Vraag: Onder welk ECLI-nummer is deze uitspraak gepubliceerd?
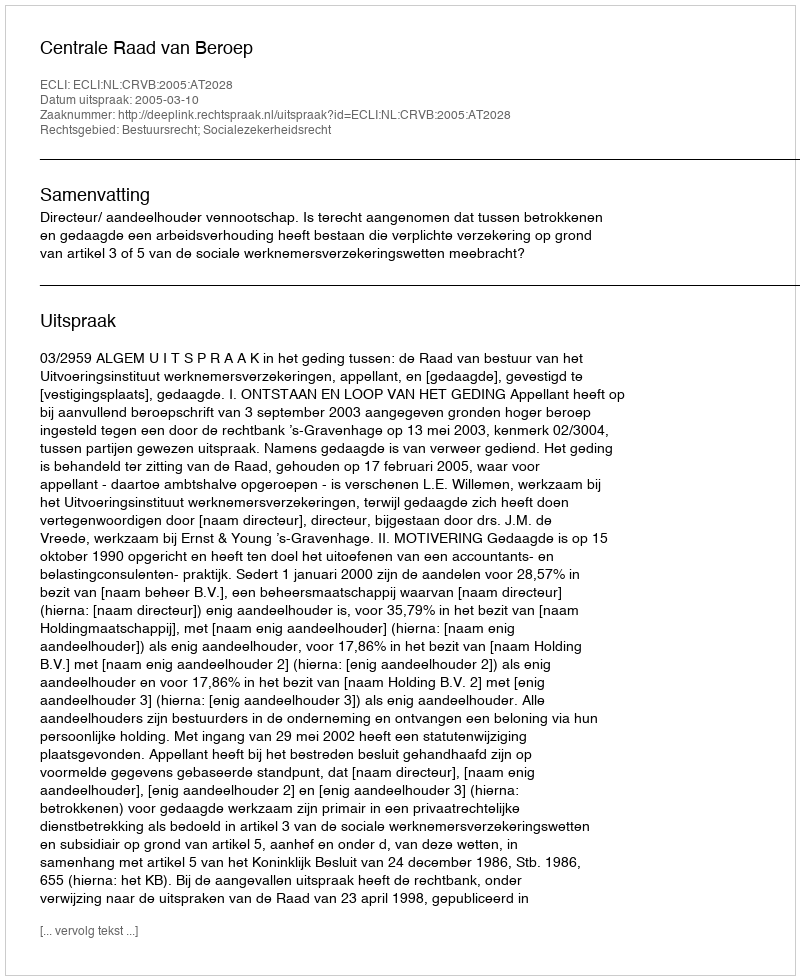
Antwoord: ECLI:NL:CRVB:2005:AT2028